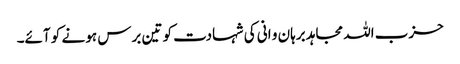
حزب اللہ مجاہد برہان و انی کی شہادت کو تین برس ہو نے کو آئے۔